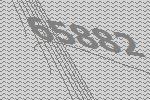
65882